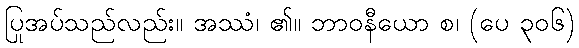
ပြုအပ်သည်လည်း။ အဿံ၊ ၏။ ဘာဝနီယော စ၊ (ပေ ၃၀၆)